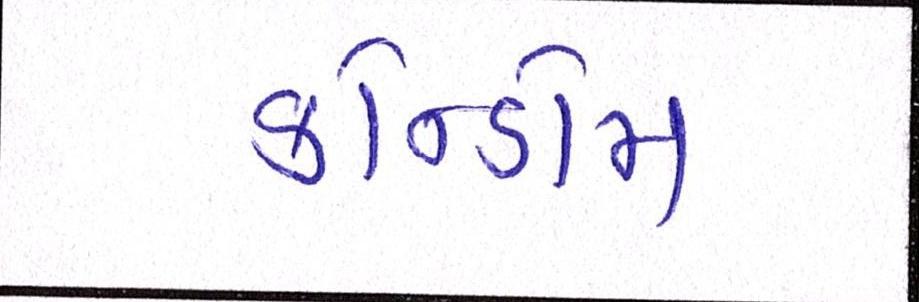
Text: કોન્ડોમ